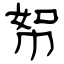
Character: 帤